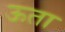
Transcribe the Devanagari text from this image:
ऊता